Punjab Mental Hospital Lahore 1922-31 - 1922-1931
Year: 1922
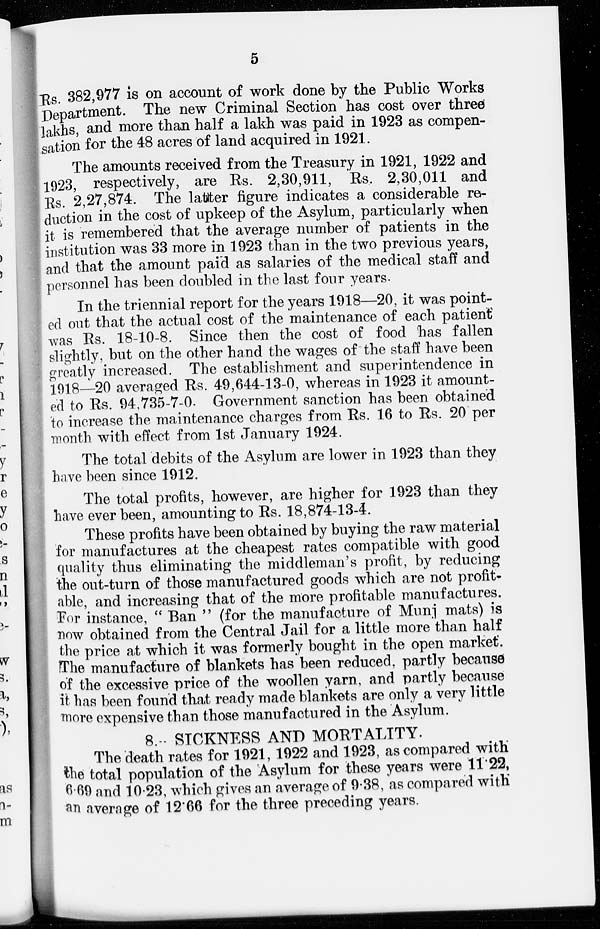
5
Rs. 382,977 is on account of work done by the Public Works
Department. The new Criminal Section has cost over three
lakhs, and more than half a lakh was paid in 1923 as compen-
sation for the 48 acres of land acquired in 1921.
The amounts received from the Treasury in 1921, 1922 and
1923, respectively, are Rs. 2,30,911, Rs. 2,30,011 and
Rs. 2,27,874. The latter figure indicates a considerable re-
duction in the cost of upkeep of the Asylum, particularly when
it is remembered that the average number of patients in the
institution was 33 more in 1923 than in the two previous years,
and that the amount paid as salaries of the medical staff and
personnel has been doubled in the last four years.
In the triennial report for the years 1918—20, it was point-
ed out that the actual cost of the maintenance of each patient
was Rs. 18-10-8. Since then the cost of food has fallen
slightly, but on the other hand the wages of the staff have been
greatly increased. The establishment and superintendence in
1918—20 averaged Rs. 49,644-13-0, whereas in 1923 it amount-
ed to Rs. 94,735-7-0. Government sanction has been obtained
to increase the maintenance charges from Rs. 16 to Rs. 20 per
month with effect from 1st January 1924.
The total debits of the Asylum are lower in 1923 than they
have been since 1912.
The total profits, however, are higher for 1923 than they
have ever been, amounting to Rs. 18,874-13-4.
These profits have been obtained by buying the raw material
for manufactures at the cheapest rates compatible with good
quality thus eliminating the middleman's profit, by reducing
the out-turn of those manufactured goods which are not profit-
able, and increasing that of the more profitable manufactures.
For instance, " Ban " (for the manufacture of Munj mats) is
now obtained from the Central Jail for a little more than half
the price at which it was formerly bought in the open market.
The manufacture of blankets has been reduced, partly because
of the excessive price of the woollen yarn, and partly because
it has been found that ready made blankets are only a very little
more expensive than those manufactured in the Asylum.
8. SICKNESS AND MORTALITY.
The death rates for 1921, 1922 and 1923, as compared with
the total population of the Asylum for these years were 11.22,
6.69 and 10.23, which gives an average of 9.38, as compared with
an average of 12.66 for the three preceding years.